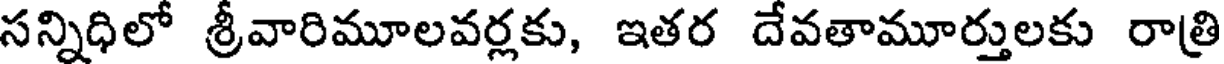
సన్నిధిలో శ్రీవారిమూలవర్లకు, ఇతర దేవతామూర్తులకు రాత్రి